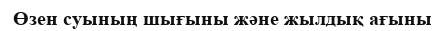
Өзен суының шығыны және жылдық ағыны